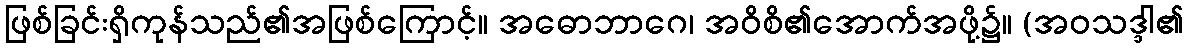
ဖြစ်ခြင်းရှိကုန်သည်၏အဖြစ်ကြောင့်။ အဓောဘာဂေ၊ အဝိစိ၏အောက်အဖို့၌။ (အဝသဒ္ဒါ၏